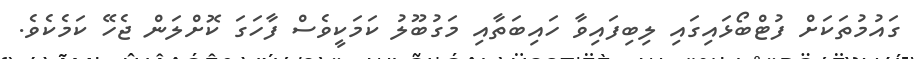
ގައުމުތަކަށް ފުޓްބޯޅައިގައި ލިބިފައިވާ ހައިބަތާއި މަގުބޫލު ކަމަކީވެސް ފާހަގަ ކޮށްލަން ޖެހޭ ކަމެކެވެ.